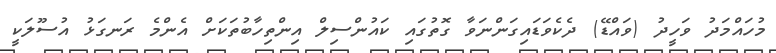
މުހައްމަދު ވަހީދު (ވައްޑޭ) ދެކެވަޑައިގަންނަވާ ގޮތުގައި ކައުންސިލް އިންތިހާބުތަކަށް އެންމެ ރަނގަޅު އުސޫލަކީ